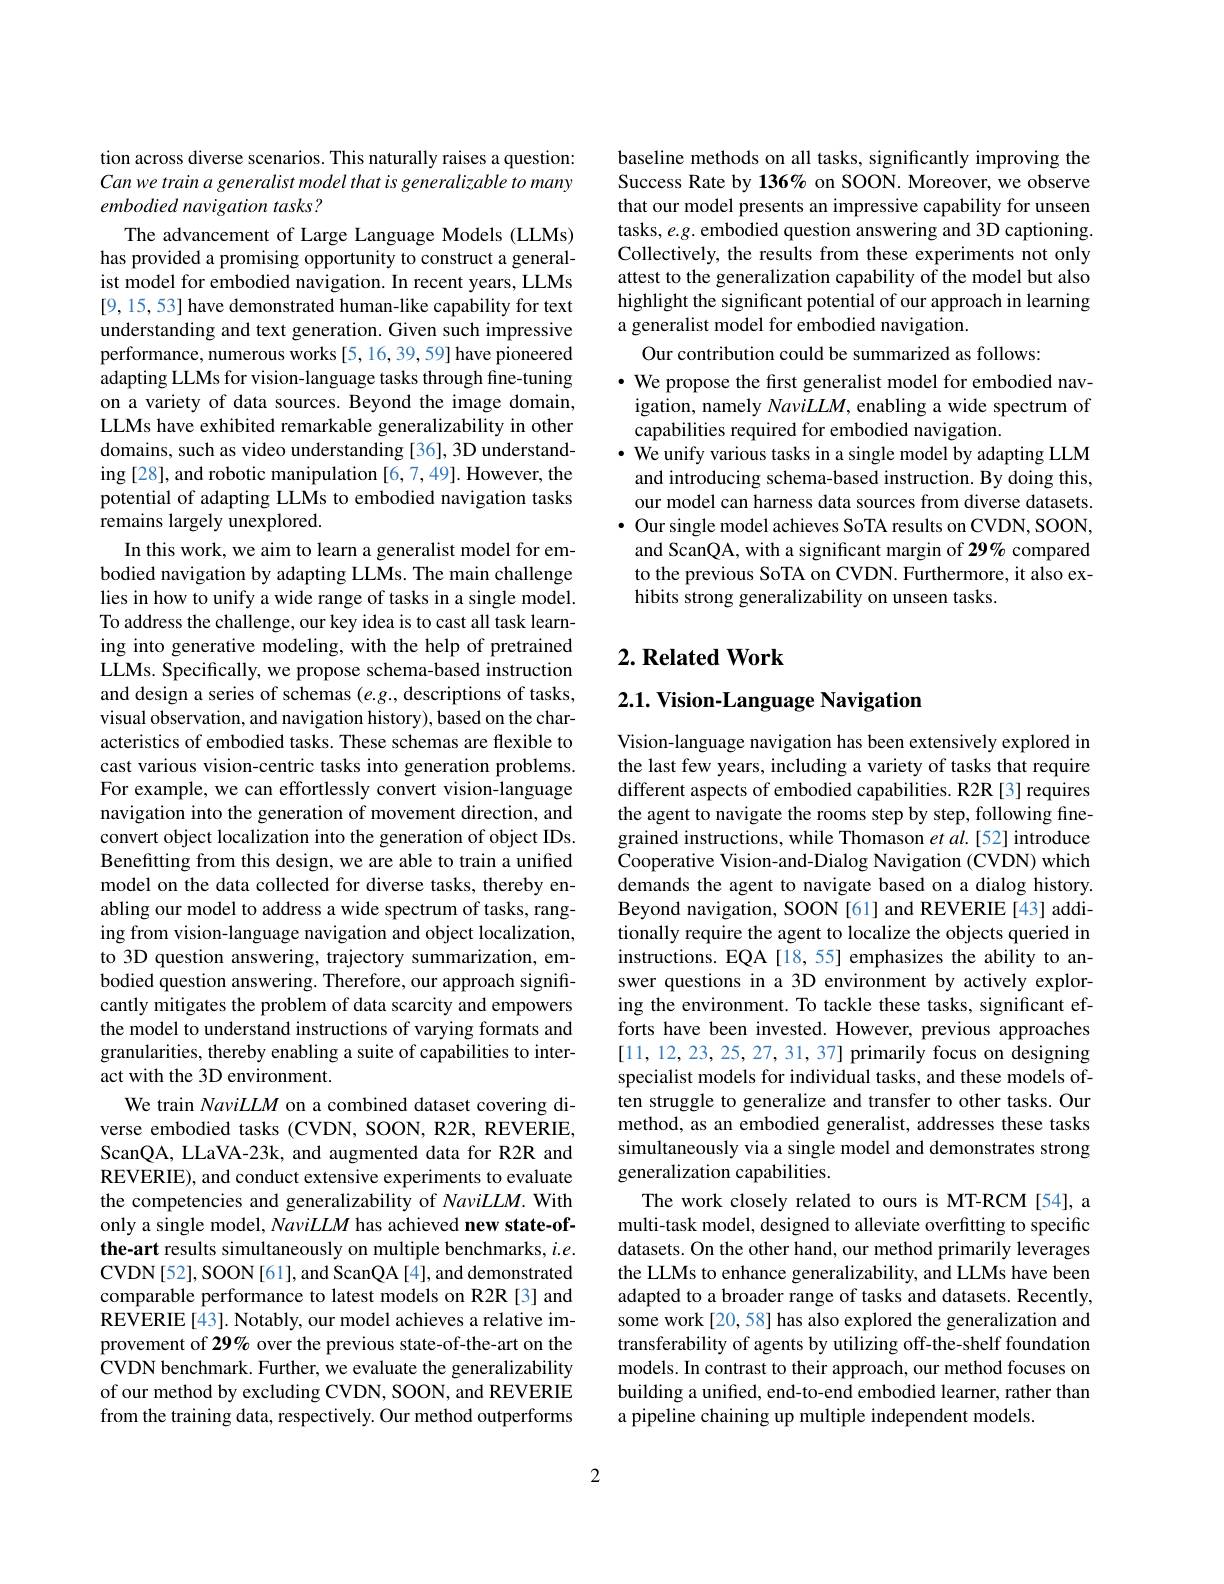
tion across diverse scenarios. This naturally raises a question: Can we train a generalist model that is generalizable to many embodied navigation tasks ?

The advancement of Large Language Models (LLMs) has provided a promising opportunity to construct a generalist model for embodied navigation. In recent years, LLMs [9,15,53] have demonstrated human-like capability for text understanding and text generation. Given such impressive performance, numerous works [5,16,39,59] have pioneered adapting LLMs for vision-language tasks through fine-tuning on a variety of data sources. Beyond the image domain, LLMs have exhibited remarkable generalizability in other domains, such as video understanding [36], 3D understanding [28], and robotic manipulation [6,7,49]. However, the potential of adapting LLMs to embodied navigation tasks remains largely unexplored.
In this work, we aim to learn a generalist model for embodied navigation by adapting LLMs. The main challenge lies in how to unify a wide range of tasks in a single model. To address the challenge, our key idea is to cast all task learning into generative modeling, with the help of pretrained LLMs. Specifically, we propose schema-based instruction and design a series of schemas (e.g., descriptions of tasks, visual observation, and navigation history), based on the characteristics of embodied tasks. These schemas are flexible to cast various vision-centric tasks into generation problems. For example, we can effortlessly convert vision-language navigation into the generation of movement direction, and convert object localization into the generation of object IDs. Benefitting from this design, we are able to train a unified model on the data collected for diverse tasks, thereby enabling our model to address a wide spectrum of tasks, ranging from vision-language navigation and object localization, to 3D question answering, trajectory summarization, embodied question answering. Therefore, our approach significantly mitigates the problem of data scarcity and empowers the model to understand instructions of varying formats and granularities, thereby enabling a suite of capabilities to interact with the 3D environment.
We train NaviLLM on a combined dataset covering diverse embodied tasks (CVDN, SOON, R2R, REVERIE, ScanQA, LLaVA-23k, and augmented data for R2R and REVERIE), and conduct extensive experiments to evaluate the competencies and generalizability of NaviLLM. With only a single model, Navi$LM$ has achieved new state-ofthe-art results simultaneously on multiple benchmarks, $i.e.$ CVDN[52], SOON[61], and ScanQA[4], and demonstrated comparable performance to latest models on R2R [3] and REVERIE[43]. Notably, our model achieves a relative improvement of 29% over the previous state-of-the-art on the CVDN benchmark. Further, we evaluate the generalizability of our method by excluding CVDN, SOON, and REVERIE from the training data, respectively. Our method outperforms

baseline methods on all tasks, significantly improving the Success Rate by 136% on SOON. Moreover, we observe that our model presents an impressive capability for unseen tasks, e.g. embodied question answering and 3D captioning Collectively, the results from these experiments not only attest to the generalization capability of the model but also highlight the significant potential of our approach in learning a generalist model for embodied navigation.
Our contribution could be summarized as follows:
$\cdot$ We propose the first generalist model for embodied navigation, namely Navi$LLM$, enabling a wide spectrum of capabilities required for embodied navigation.
$\cdot$ We unify various tasks in a single model by adapting LLM and introducing schema-based instruction. By doing this our model can harness data sources from diverse datasets $\bullet$ Our single model achieves SoTA results on CVDN, SOON, and ScanQA, with a significant margin of 29% compared to the previous SoTA on CVDN. Furthermore, it also exhibits strong generalizability on unseen tasks.

## $2. \textbf{Related Work}$

2.1. Vision-Language Navigation

Vision-language navigation has been extensively explored in the last few years, including a variety of tasks that require different aspects of embodied capabilities. R2R [3] requires the agent to navigate the rooms step by step, following finegrained instructions, while Thomason $et\textit{al. [ 52] introduce}$ Cooperative Vision-and-Dialog Navigation (CVDN) which demands the agent to navigate based on a dialog history Beyond navigation, SOON [61] and REVERIE [43] additionally require the agent to localize the objects queried in instructions. EQA [18,55] emphasizes the ability to answer questions in a 3D environment by actively exploring the environment. To tackle these tasks, significant efforts have been invested. However, previous approaches [11,12,23,25,27,31,37] primarily focus on designing specialist models for individual tasks, and these models often struggle to generalize and transfer to other tasks. Our method, as an embodied generalist, addresses these tasks simultaneously via a single model and demonstrates strong generalization capabilities.
The work closely related to ours is MT-RCM [54], a multi-task model, designed to alleviate overfitting to specific datasets. On the other hand, our method primarily leverages the LLMs to enhance generalizability, and LLMs have been adapted to a broader range of tasks and datasets. Recently, some work[20, 58] has also explored the generalization and transferability of agents by utilizing off-the-shelf foundation models. In contrast to their approach, our method focuses on building a unified, end-to-end embodied learner, rather than a pipeline chaining up multiple independent models.

2